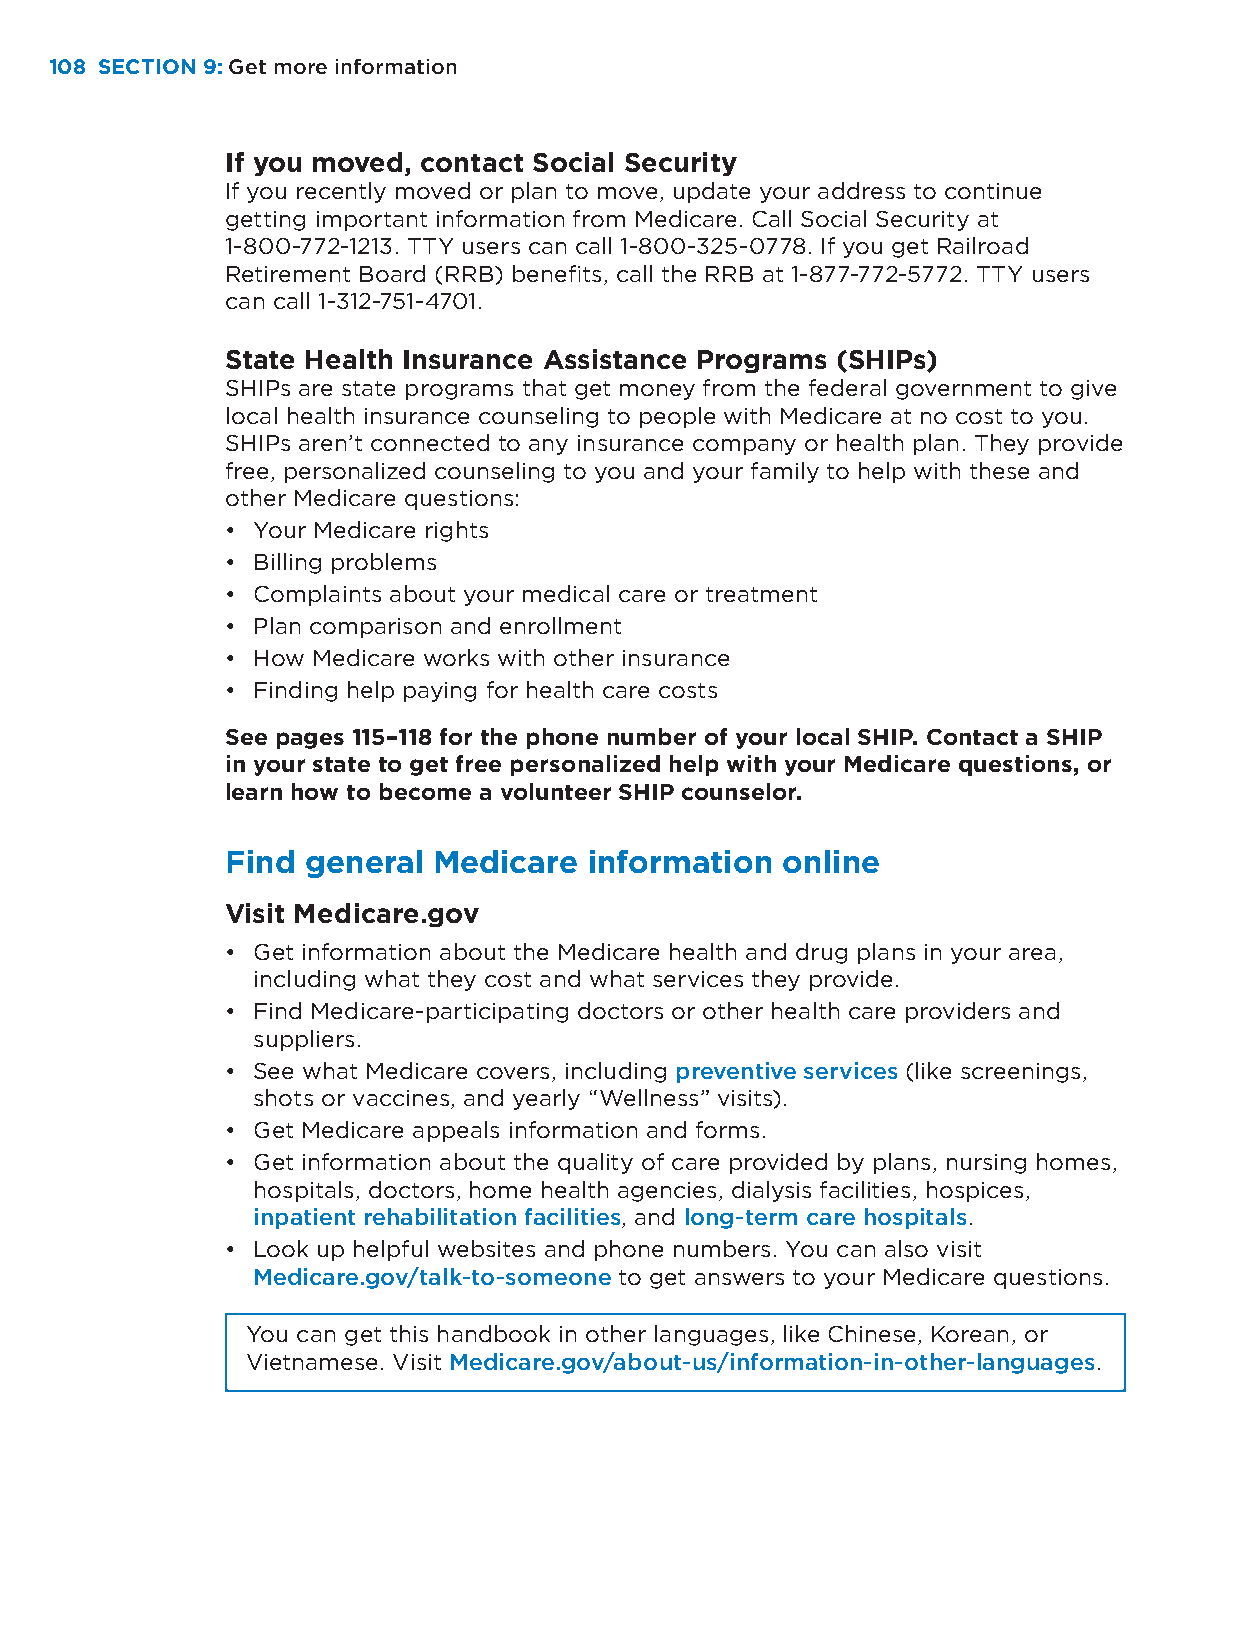
108 SECTION 9: Get more information
 If you moved, contact Social Security
 If you recently moved or plan to move, update your address to continue
 getting important information from Medicare. Call Social Security at
 1-800-772-1213. TTY users can call 1-800-325-0778. If you get Railroad
 Retirement Board (RRB) benefits, call the RRB at 1-877-772-5772. TTY users
 can call 1-312-751-4701.
 State Health Insurance Assistance Programs (SHIPs)
 SHIPs are state programs that get money from the federal government to give
 local health insurance counseling to people with Medicare at no cost to you.
 SHIPs aren’t connected to any insurance company or health plan. They provide
 free, personalized counseling to you and your family to help with these and
 other Medicare questions:
 • Your Medicare rights
 • Billing problems
 • Complaints about your medical care or treatment
 • Plan comparison and enrollment
 • How Medicare works with other insurance
 • Finding help paying for health care costs
 See pages 115–118 for the phone number of your local SHIP. Contact a SHIP
 in your state to get free personalized help with your Medicare questions, or
 learn how to become a volunteer SHIP counselor.
 Find general  Medicare  information  online
 Visit Medicare.gov
 • Get information about the Medicare health and drug plans in your area,
 including what they cost and what services they provide.
 • Find Medicare-participating doctors or other health care providers and
 suppliers.
 • See what Medicare covers, including preventive services (like screenings,
 shots or vaccines, and yearly “Wellness” visits).
 • Get Medicare appeals information and forms.
 • Get information about the quality of care provided by plans, nursing homes,
 hospitals, doctors, home health agencies, dialysis facilities, hospices,
 inpatient rehabilitation facilities, and long-term care hospitals.
 • Look up helpful websites and phone numbers. You can also visit
 Medicare.gov/talk-to-someone to get answers to your Medicare questions.
 You can get this handbook in other languages, like Chinese, Korean, or
 Vietnamese. Visit Medicare.gov/about-us/information-in-other-languages.